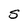
Character: S